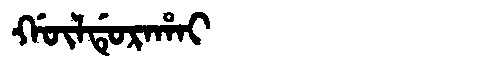
Manchu: ᡤᡡᠯᡩᡠᡵᠠᡥᠠᡳ
Romanization: GŪLDURAHAI